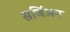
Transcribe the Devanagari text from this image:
सर्जिअन